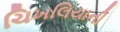
ચિખલિયાની